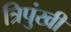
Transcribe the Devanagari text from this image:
त्रिपुंखी